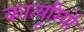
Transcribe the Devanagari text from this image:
कात्यूरियों